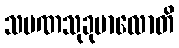
သမဏသုခုမာလောတိ